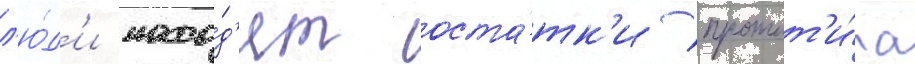
л'ю́д'и нахо́д'ят оста́тк'и протот'и́па